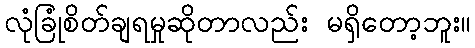
လုံခြုံစိတ်ချရမှုဆိုတာလည်း မရှိတော့ဘူး။